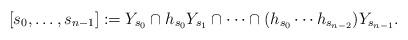
LaTeX: \begin{align*}[s_0,\ldots, s_{n-1}]:=Y_{s_0}\cap h_{s_0}Y_{s_1}\cap\cdots \cap (h_{s_0}\cdots h_{s_{n-2}})Y_{s_{n-1}}.\end{align*}